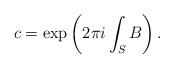
LaTeX: \begin{align*}c=\exp\left(2\pi i\int_S B\right). \end{align*}